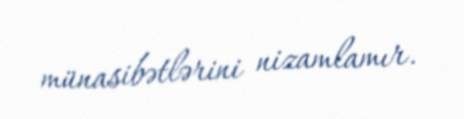
münasibətlərini nizamlamır.